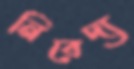
নিবেদ্য